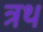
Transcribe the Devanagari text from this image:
त्रथ